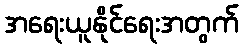
အရေးယူနိုင်ရေးအတွက်